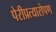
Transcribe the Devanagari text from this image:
पेरीप्रत्यारोपण